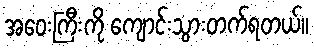
အဝေးကြီးကို ကျောင်းသွားတက်ရတယ်။